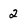
Character: 2